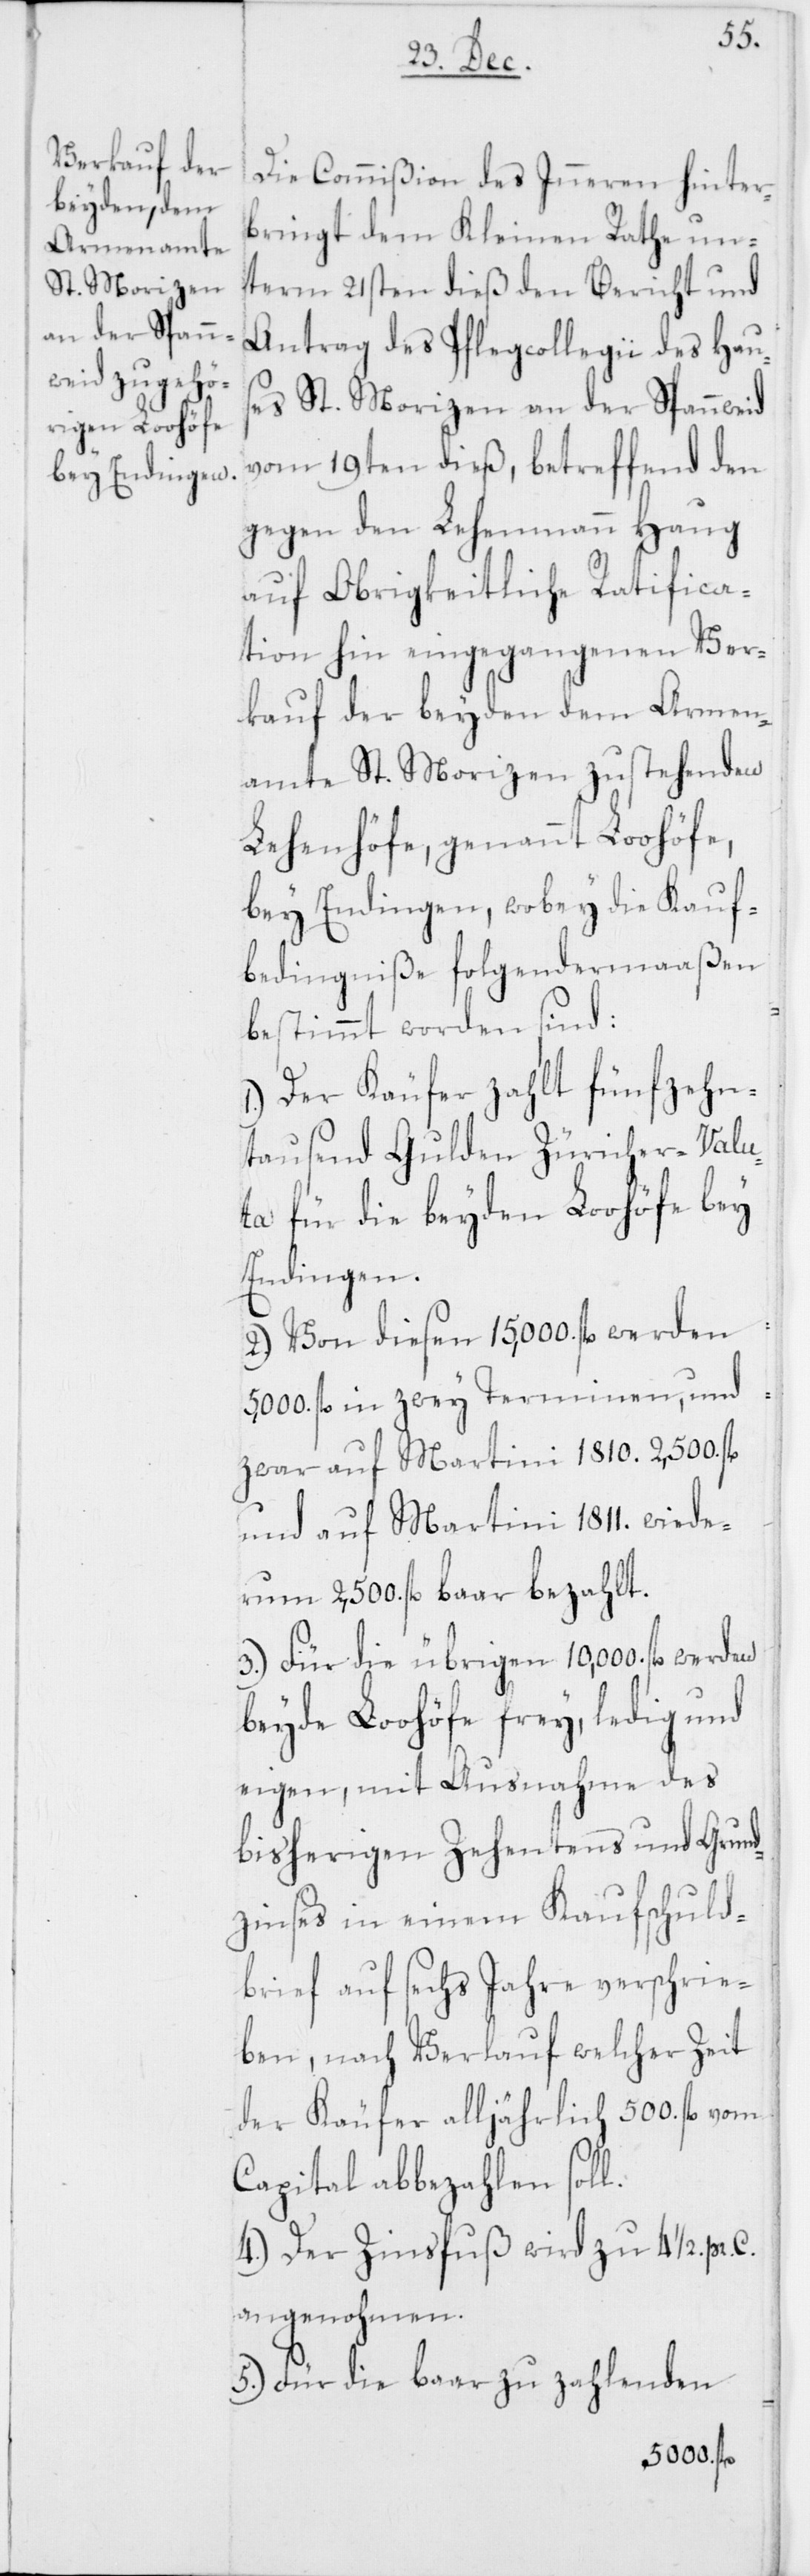
Die Commißion des Inneren hinter¬
bringt dem Kleinen Rathe un¬
term 21sten dieß den Bericht und
Antrag des Pflegcollegii des Hau¬
ses St. Morizen an der Spannweid
vom 19ten dieß, betreffend den
gegen den Lehenmann Haug
auf Obrigkeitliche Ratifica¬
tion hin eingegangenen Ver¬
kauf der beyden dem Armen¬
amte St. Morizen zustehenden
Lehenhöfe, genannt Loohöfe,
bey Endingen, wobey die Kauf¬
bedingniße folgendermaaßen
bestimmt worden sind:
1. Der Käufer zahlt fünfzehn¬
tausend Gulden Züricher-Valu¬
ta für die beyden Loohöfe bey
Endingen.
2. Von diesen 15,000 fl. werden
5,000 fl. in zwey Terminen, und
zwar auf Martini 1810. 2,500 fl.
und auf Martini 1811. wiede¬
rum 2,500 fl. baar bezahlt.
3. Für die übrigen 10,000. fl. werden
beyde Loohöfe frey, ledig und
eigen, mit Ausnahme des
bisherigen Zehentens und Grun¬
dzinses in einem Kaufschuld¬
brief auf sechs Jahre verschrie¬
ben, nach Verkauf welcher Zeit
der Käufer alljährlich 500. fl. vom
Capital abbezahlen soll.
4. Der Zinsfuß wird zu 4 1/2. pr.
angenohmen.
5. Für die baar zu zahlenden